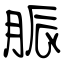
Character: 脤